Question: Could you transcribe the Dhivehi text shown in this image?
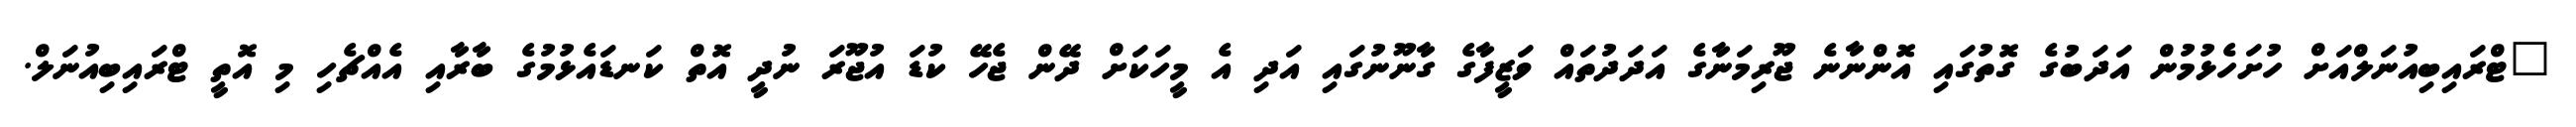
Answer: "ޓްރައިބިއުނަލްއަށް ހުށަހެޅުމުން އަދަބުގެ ގޮތުގައި އޮންނާނެ ޖޫރިމަނާގެ އަދަދުތައް ވަޒީފާގެ ގާނޫނުގައި އަދި އެ މީހަކަށް ދޭން ޖެހޭ ކުޑަ އުޖޫރަ ނުދީ އޮތް ކަނޑައެޅުމުގެ ބާރާއި އެއްޗެހި މި އޮތީ ޓްރައިބިއުނަލް.